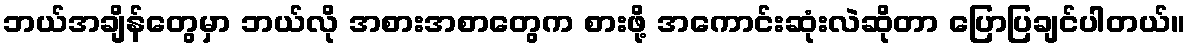
ဘယ်အချိန်တွေမှာ ဘယ်လို အစားအစာတွေက စားဖို့ အကောင်းဆုံးလဲဆိုတာ ပြောပြချင်ပါတယ်။